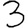
Digit: 3